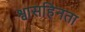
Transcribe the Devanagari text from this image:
श्वासहिनता